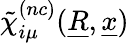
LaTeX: \tilde{\chi}_{i\mu}^{(nc)}(\underline{{R}},\underline{{x}})